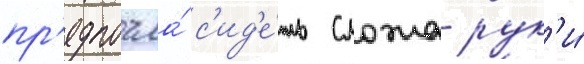
пр'едпочла́ с'ид'е́ть сложа рук'и́